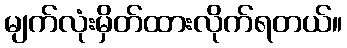
မျက်လုံးမှိတ်ထားလိုက်ရတယ်။